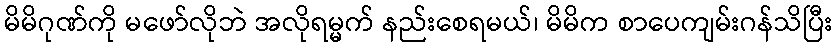
မိမိဂုဏ်ကို မဖော်လိုဘဲ အလိုရမ္မက် နည်းစေရမယ်၊ မိမိက စာပေကျမ်းဂန်သိပြီး